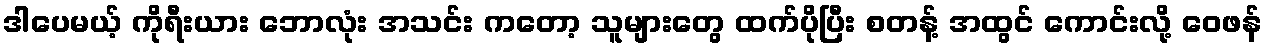
ဒါပေမယ့် ကိုရီးယား ဘောလုံး အသင်း ကတော့ သူများတွေ ထက်ပိုပြီး စတန့် အထွင် ကောင်းလို့ ဝေဖန်